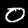
Label: 0